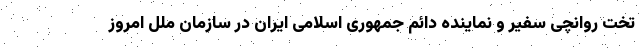
تخت روانچی سفیر و نماینده دائم جمهوری اسلامی ایران در سازمان ملل امروز